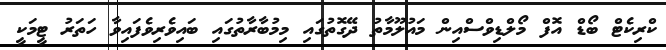
ކްރިކެޓް ބޯޑް އޮފް މޯލްޑިވްސްއިން މައުލޫމާތު ދޭގޮތުގައި މިމުބާރާތުގައި ބައިވެރިވެފައިވާ ހަތަރު ޓީމަކީ